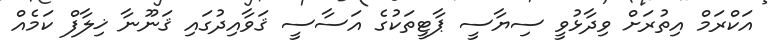
އަކްރަމް އިތުރަށް ވިދާޅުވީ ސިޔާސީ ޕާޓީތަކުގެ އަސާސީ ޤަވާއިދުގައި ޤަނޫނާ ޚިލާފް ކަމެއް